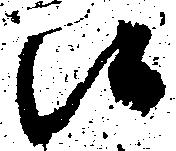
候